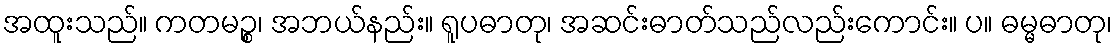
အထူးသည်။ ကတမဉ္စ၊ အဘယ်နည်း။ ရူပဓာတု၊ အဆင်းဓာတ်သည်လည်းကောင်း။ ပ။ ဓမ္မဓာတု၊